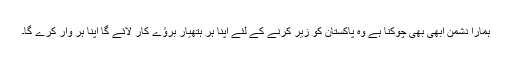
ہمارا دشمن ابھی بھی چوکنا ہے وہ پاکستان کو زیر کرنے کے لئے اپنا ہر ہتھیار برؤے کار لائے گا اپنا ہر وار کرے گا۔